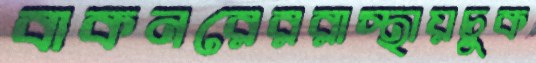
বাকনরেররাস্থায়চুক